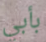
بأبي